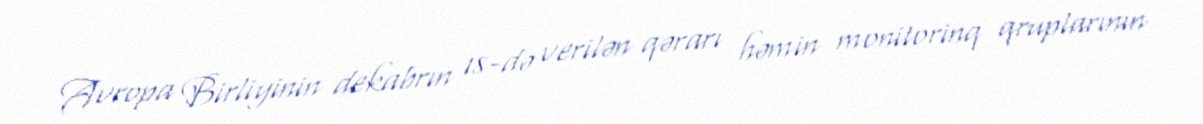
Avropa Birliyinin dekabrın 18-də verilən qərarı həmin monitorinq qruplarının